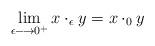
LaTeX: \begin{align*}\lim_{\epsilon \longrightarrow 0^+}x \cdot_{\epsilon} y = x \cdot_{0} y\end{align*}